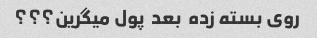
روی بسته زده  بعد  پول میگرین؟؟؟